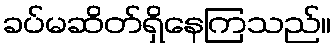
ခပ်မဆိတ်ရှိနေကြသည်။